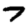
Digit: 7